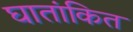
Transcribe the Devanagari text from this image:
घातांकित